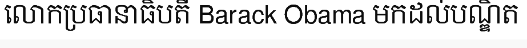
លោកប្រធានាធិបតី Barack Obama មកដល់បណ្ឌិត